Punjab Mental Hospital Lahore 1932-46 - 1932-1946
Year: 1932
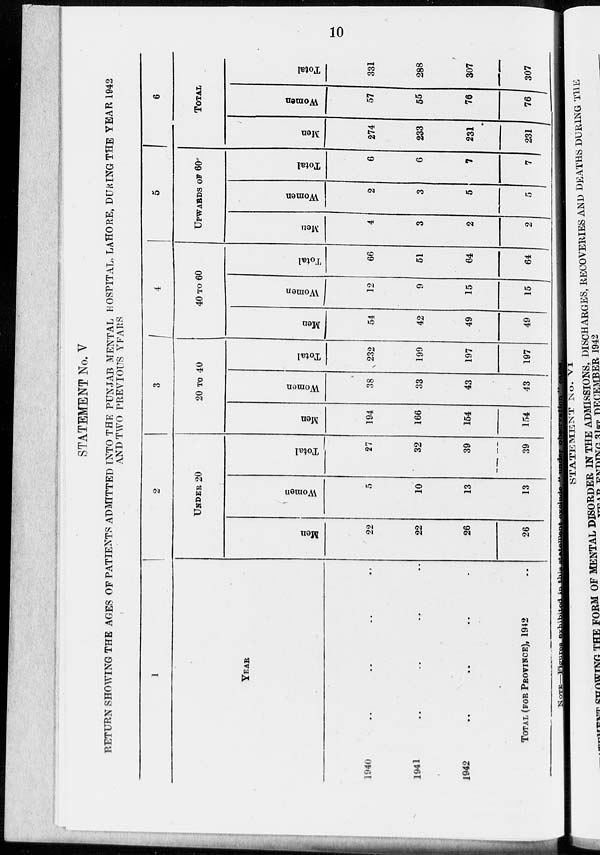
10
STATEMENT No. V
RETURN SHOWING THE AGES OF PATIENTS ADMITTED INTO THE PUNJAB MENTAL HOSPITAL, LAHORE, DURING THE YEAR 1942
AND TWO PREVIOUS YEARS
1
YEAR
1940 .. .. ..
1941 .. .. ..
1942 .. .. ..
TOTAL (FOR PROVINCE), 1942 ..
2
UNDER 20
Men
22
22
26
26
Women
5
10
13
13
Total
27
32
39
39
3
20 TO 40
Men
194
166
154
154
Women
38
33
43
43
Total
232
199
197
197
4
40 TO 60
Men
54
42
49
49
Women
12
9
15
15
Total
66
51
64
64
5
UPWARDS OF 60
Men
4
3
2
2
Women
2
3
5
5
Total
6
6
7
7
6
TOTAL
Men
274
233
231
231
Women
57
55
76
76
Total
331
288
307
307
NOTE—Figures exhibited in this statement excluded " under observation " cases.